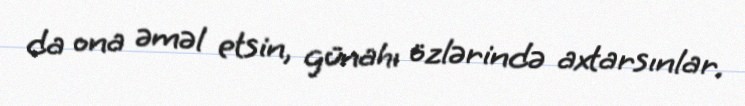
da ona əməl etsin, günahı özlərində axtarsınlar.